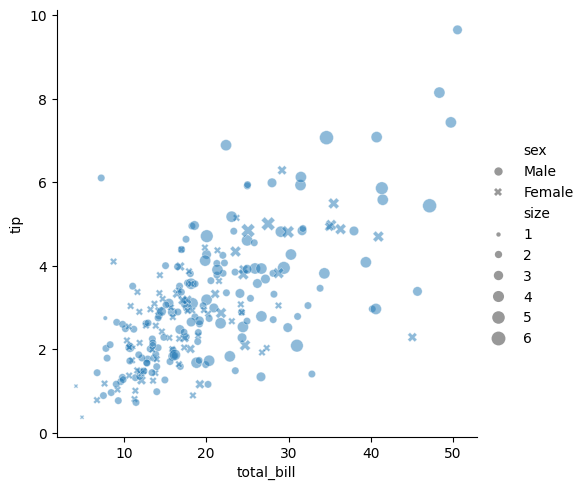
python, seaborn, relplot, alpha=0.5